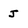
Character: j